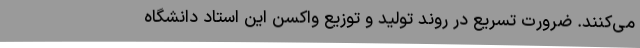
می‌کنند. ضرورت تسریع در روند تولید و توزیع واکسن این استاد دانشگاه